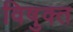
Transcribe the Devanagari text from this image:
विषुक्त